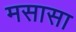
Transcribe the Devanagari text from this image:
मसासा